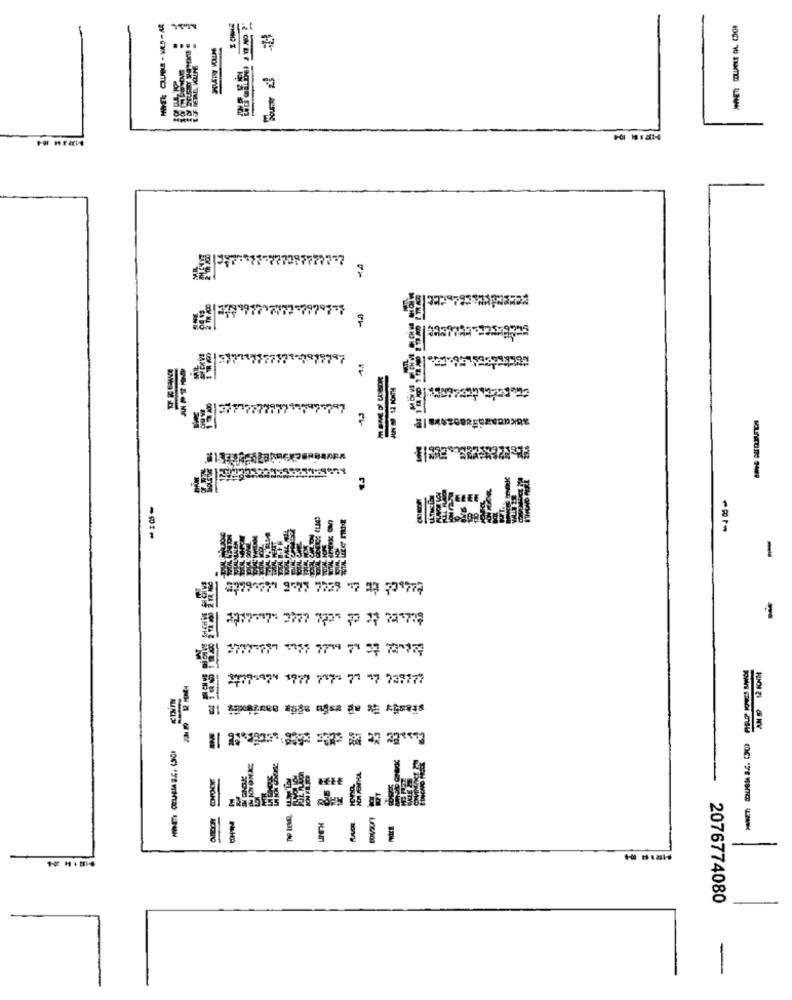
777729777777
78977797
E
-
3779-791 9 77 7729 17 23 79 777
3777-197 1177 7719 7 3 72"17
CININ
2076774080